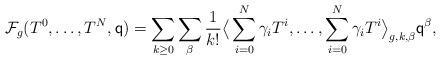
LaTeX: \begin{align*} \mathcal{F}_g(T^0,\dots,T^{N},\mathsf{q})=\sum_{k\geq 0} \sum_{\beta} \frac{1}{k!}\big\langle \sum_{i=0}^N \gamma_i T^i,\dots,\sum_{i=0}^N \gamma_i T^i\big\rangle_{g,k,\beta} \mathsf{q}^{\beta}, \end{align*}